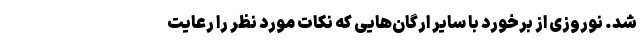
شد. نوروزی از برخورد با سایر ارگان‌هایی که نکات مورد نظر را رعایت